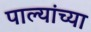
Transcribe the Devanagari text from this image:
पाल्यांच्या